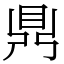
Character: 𪔂